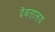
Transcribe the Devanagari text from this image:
देवतालय